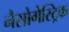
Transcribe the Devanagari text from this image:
नैसोगेस्ट्रिक